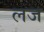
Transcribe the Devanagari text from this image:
लज